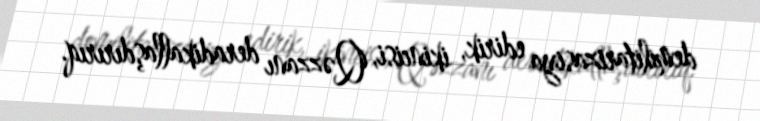
demilitarizasiya edirik, ikincisi, Qəzzanı deradikallaşdırırıq.